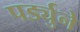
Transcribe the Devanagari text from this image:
पर्ड्युने